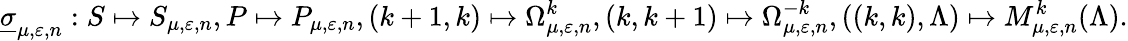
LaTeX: \underline{{\sigma}}_{\mu,\varepsilon,n}:S\mapsto S_{\mu,\varepsilon,n},P\mapsto P_{\mu,\varepsilon,n},(k+1,k)\mapsto\Omega_{\mu,\varepsilon,n}^{k},(k,k+1)\mapsto\Omega_{\mu,\varepsilon,n}^{-k},((k,k),\Lambda)\mapsto M_{\mu,\varepsilon,n}^{k}(\Lambda).